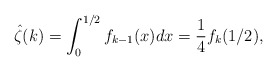
\begin{align*}\hat{\zeta}(k)\allowbreak =\allowbreak \int_{0}^{1/2}f_{k-1}(x)dx\allowbreak=\allowbreak \frac{1}{4}f_{k}(1/2), \end{align*}